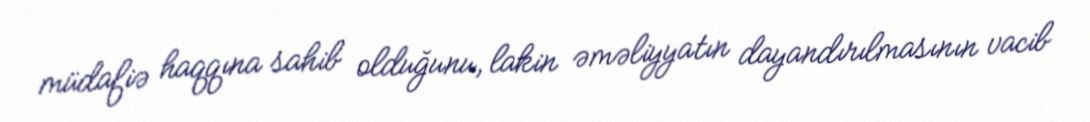
müdafiə haqqına sahib olduğunu, lakin əməliyyatın dayandırılmasının vacib